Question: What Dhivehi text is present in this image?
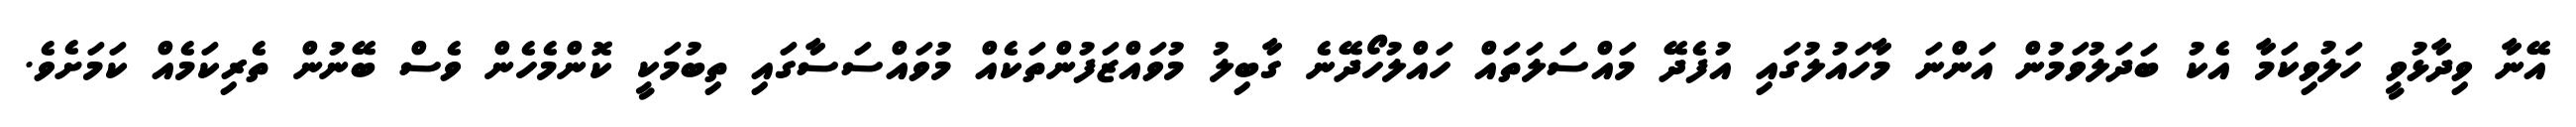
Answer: އޭނާ ވިދާޅުވީ ހަލުވިކަމާ އެކު ބަދަލުވަމުން އަންނަ މާހައުލުގައި އުފެދޭ މައްސަލަތައް ހައްލުހޯދޭނެ ގާބިލު މުވައްޒަފުންތަކެއް މުވައްސަސާގައި ތިބުމަކީ ކޮންމެހެން ވެސް ބޭނުން ތެރިކަމެއް ކަމަށެވެ.